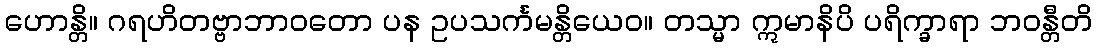
ဟောန္တိ။ ဂရဟိတဗ္ဗာဘာဝတော ပန ဥပသင်္ကမန္တိယေဝ။ တသ္မာ ဣမာနိပိ ပရိက္ခာရာ ဘဝန္တီတိ